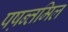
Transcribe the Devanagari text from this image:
पष़न्तमिल